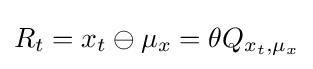
R_{t}=x_{t}\ominus \mu _{x}=\theta Q_{x_{t},\mu _{x}}